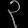
Digit: ၃